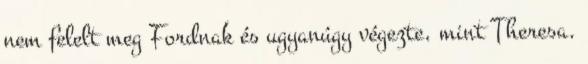
nem felelt meg Fordnak és ugyanúgy végezte, mint Theresa.